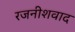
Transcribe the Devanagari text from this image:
रजनीशवाद